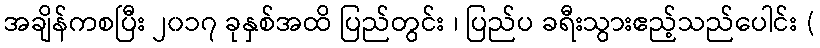
အချိန်ကစပြီး ၂၀၁၇ ခုနှစ်အထိ ပြည်တွင်း ၊ ပြည်ပ ခရီးသွားဧည့်သည်ပေါင်း (